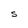
Character: S